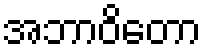
အဘာဝိတော